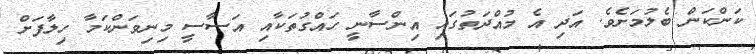
ކަންކަން ބެލުމަށެވެ. އަދި އެ މުއްދަތުގައި އިންސާނީ ހައްގުތަކާއި އަސާސީ މިނިވަންކަމާ ހިލާފަށް